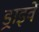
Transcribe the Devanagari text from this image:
ड्राइवें